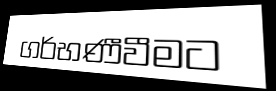
ගර්භණීවීමට